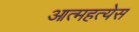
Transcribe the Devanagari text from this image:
आत्महत्येस